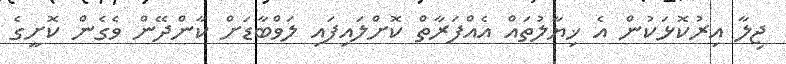
ޖިލާ އިރުކޮޅަކުން އެ ޚިޔާލުތައް އެއްފަރާތް ކޮށްލައިފައި ލަވްބާޑަށް ކާންދޭން ވެގެން ކޮށީގެ